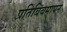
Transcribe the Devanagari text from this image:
प्रतिबिंबमापन